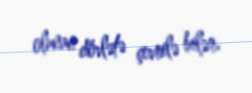
olunan dövlətə çevrilə bilər.